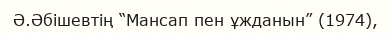
Ә.Әбішевтің “Мансап пен ұжданын” (1974),